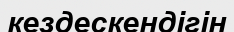
кездескендігін